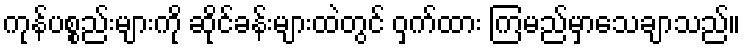
ကုန်ပစ္စည်းများကို ဆိုင်ခန်းများထဲတွင် ဝှက်ထား ကြမည်မှာသေချာသည်။